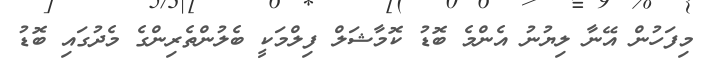
މިފަހުން އޭނާ ލިޔުނު އެންމެ ބޮޑު ކޮމާޝަލް ފިލްމަކީ ބެލުންތެރިންގެ މެދުގައި ބޮޑު